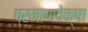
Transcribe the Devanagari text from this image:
प्रमाणपेक्षा